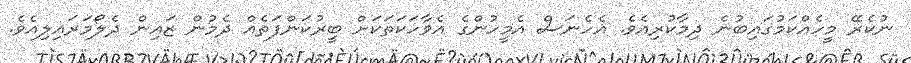
ނުކެރޭ މީހެއްކަމުގައިބުނެ ދިމާކުރިއެވެ. އެހެނަސް އެމީހުންގެ އެވާހަކަތަކަށް ބީރުކަންފަތެއް ދެމުން ޒައިން ދެލޯމަރައިލިއެވެ.